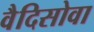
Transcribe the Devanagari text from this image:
वैदिसोवा